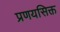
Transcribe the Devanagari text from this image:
प्रणयसिक्त